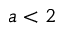
a < 2